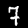
Label: 7